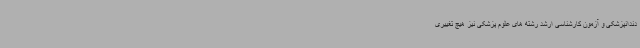
دندانپزشکی و آزمون کارشناسی ارشد رشته های علوم پزشکی نیز هیچ تغییری